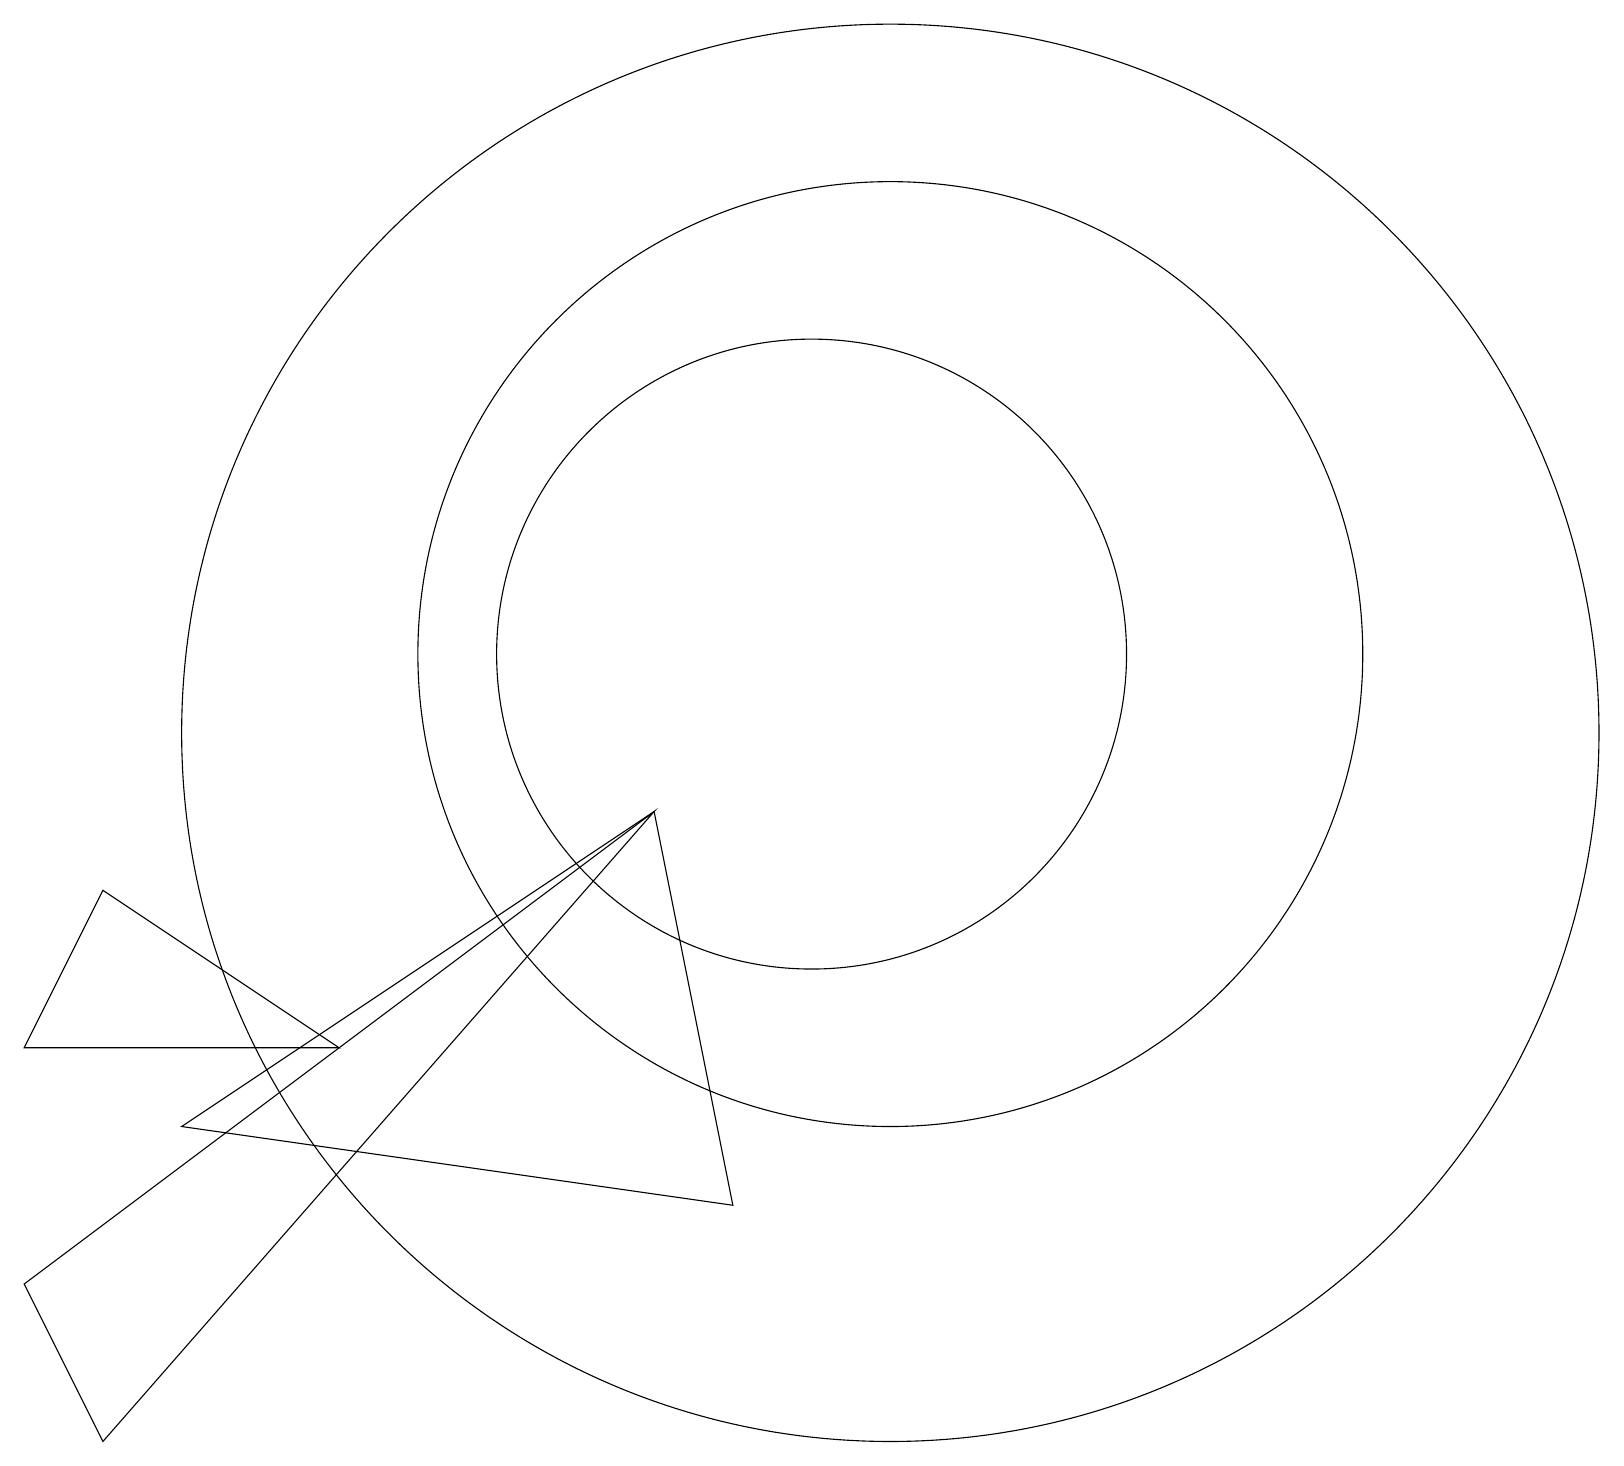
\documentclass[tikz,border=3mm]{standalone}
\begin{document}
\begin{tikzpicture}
\draw (11,11) circle (6);
\draw (0,3) -- (1,1) -- (8,9) -- cycle;
\draw (11,10) circle (9);
\draw (9,4) -- (2,5) -- (8,9) -- cycle;
\draw (1,8) -- (0,6) -- (4,6) -- cycle;
\draw (10,11) circle (4);
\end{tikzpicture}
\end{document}